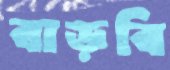
বাড়বি